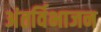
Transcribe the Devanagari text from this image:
अंतर्विभाजन